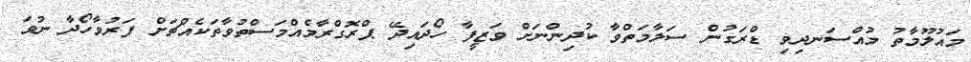
މައުލޫމާތު މުއްސަނދިވި ޑްރަގުން ސަލާމަތްވާ ކުދިންނަށް ވަޒީފާ ހޯދައިދޭ ޕްރޮގްރާމެއްމަސްތުވާތަކެއްޗަށް ފަރުވާހޯދާ ނުވަ